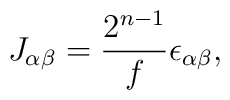
J_{\alpha \beta} = \frac{2^{n-1}}{f}\epsilon_{\alpha \beta},